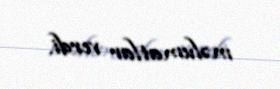
məlumatlar verdi.